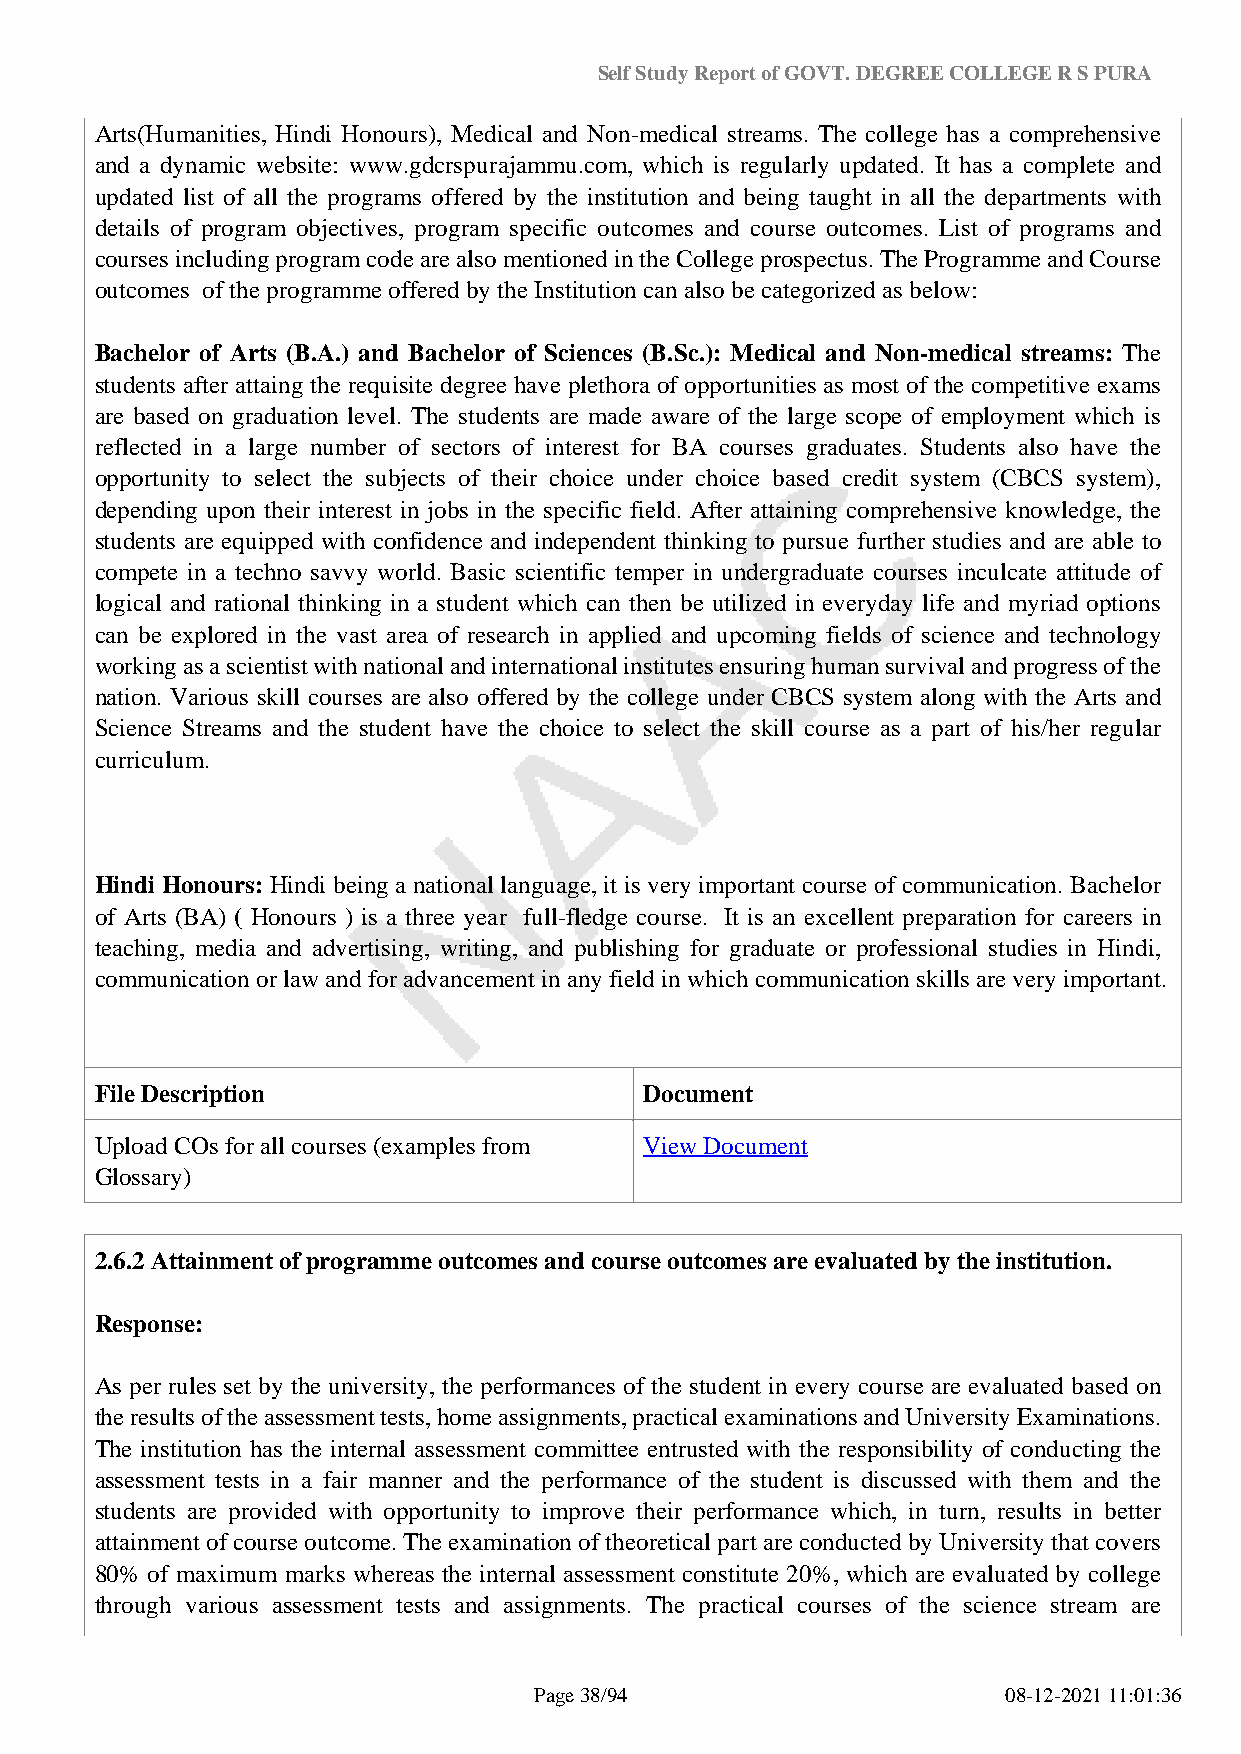
Self Study Report of GOVT. DEGREE COLLEGE R S PURA
 Arts(Humanities, Hindi Honours), Medical and Non-medical streams. The college has a comprehensive
 and a dynamic website: www.gdcrspurajammu.com, which is regularly updated. It has a complete and
 updated list of all the programs offered by the institution and being taught in all the departments with
 details of program objectives, program specific outcomes and course outcomes. List of programs and
 courses including program code are also mentioned in the College prospectus. The Programme and Course
 outcomes of the programme offered by the Institution can also be categorized as below:
 Bachelor of Arts (B.A.) and Bachelor of Sciences (B.Sc.): Medical and Non-medical streams: The
 students after attaing the requisite degree have plethora of opportunities as most of the competitive exams
 are based on graduation level. The students are made aware of the large scope of employment which is
 reflected in a large number of sectors of interest for BA courses graduates. Students also have the
 opportunity to select the subjects of their choice under choice based credit system (CBCS system),
 depending upon their interest in jobs in the specific field. After attaining comprehensive knowledge, the
 students are equipped with confidence and independent thinking to pursue further studies and are able to
 compete in a techno savvy world. Basic scientific temper in undergraduate courses inculcate attitude of
 logical and rational thinking in a student which can then be utilized in everyday life and myriad options
 can be explored in the vast area of research in applied and upcoming fields of science and technology
 working as a scientist with national and international institutes ensuring human survival and progress of the
 nation. Various skill courses are also offered by the college under CBCS system along with the Arts and
 Science Streams and the student have the choice to select the skill course as a part of his/her regular
 curriculum.
 Hindi Honours: Hindi being a national language, it is very important course of communication. Bachelor
 of Arts (BA) ( Honours ) is a three year full-fledge course. It is an excellent preparation for careers in
 teaching, media and advertising, writing, and publishing for graduate or professional studies in Hindi,
 communication or law and for advancement in any field in which communication skills are very important.
 File Description                     Document
 Upload COs for all courses (examples from View Document
 Glossary)
 2.6.2 Attainment of programme outcomes and course outcomes are evaluated by the institution.
 Response:
 As per rules set by the university, the performances of the student in every course are evaluated based on
 the results of the assessment tests, home assignments, practical examinations and University Examinations.
 The institution has the internal assessment committee entrusted with the responsibility of conducting the
 assessment tests in a fair manner and the performance of the student is discussed with them and the
 students are provided with opportunity to improve their performance which, in turn, results in better
 attainment of course outcome. The examination of theoretical part are conducted by University that covers
 80% of maximum marks whereas the internal assessment constitute 20%, which are evaluated by college
 through various assessment tests and assignments. The practical courses of the science stream are
 Page 38/94                      08-12-2021 11:01:36